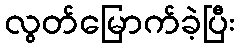
လွတ်မြောက်ခဲ့ပြီး